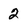
Character: 2